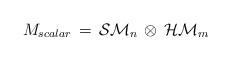
LaTeX: \begin{align*}M_{scalar} \, = \, {\cal SM}_n \, \otimes \, {\cal HM}_m\end{align*}